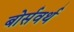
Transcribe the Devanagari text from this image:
बोर्सवर्थ